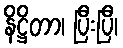
နိဋ္ဌိတာ၊ ပြီးပြီ၊